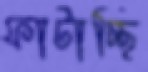
ফাটাচ্ছি